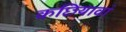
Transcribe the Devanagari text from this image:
कछियावां